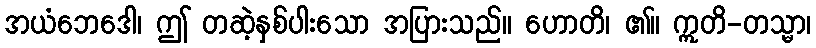
အယံဘေဒေါ၊ ဤ တဆဲ့နှစ်ပါးသော အပြားသည်။ ဟောတိ၊ ၏။ ဣတိ-တသ္မာ၊